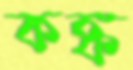
কঙ্ক